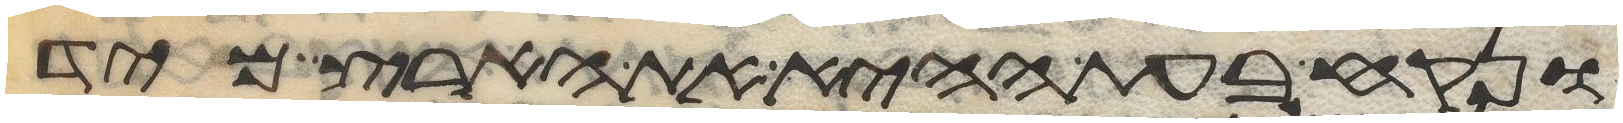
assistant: ונקח בעת ההיא את הארץ מיד